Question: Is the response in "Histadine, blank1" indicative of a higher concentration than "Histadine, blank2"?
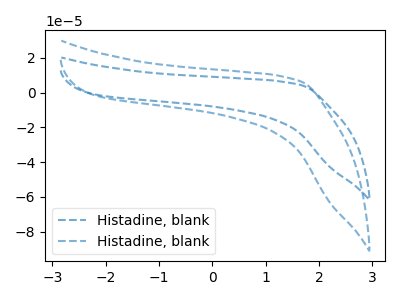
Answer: <think>The blue dashed curve "Histadine, blank1" has no peaks. The blue dashed curve "Histadine, blank2" has no peaks.
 Neither "Histadine, blank1" or "Histadine, blank2" have any peaks.</think>
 <answer>I cant tell if "Histadine, blank1" or "Histadine, blank2" has more signal.</answer>
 <eval>mixed_signal</eval>